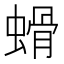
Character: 螖